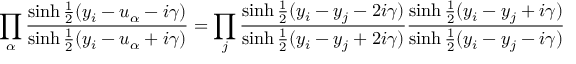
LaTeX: \prod _ { \alpha } { \frac { \sinh { \frac { 1 } { 2 } } ( y _ { i } - u _ { \alpha } - i \gamma ) } { \sinh { \frac { 1 } { 2 } } ( y _ { i } - u _ { \alpha } + i \gamma ) } } = \prod _ { j } { \frac { \sinh { \frac { 1 } { 2 } } ( y _ { i } - y _ { j } - 2 i \gamma ) } { \sinh { \frac { 1 } { 2 } } ( y _ { i } - y _ { j } + 2 i \gamma ) } } { \frac { \sinh { \frac { 1 } { 2 } } ( y _ { i } - y _ { j } + i \gamma ) } { \sinh { \frac { 1 } { 2 } } ( y _ { i } - y _ { j } - i \gamma ) } }